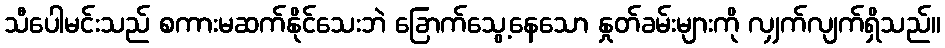
သီပေါမင်းသည် စကားမဆက်နိုင်သေးဘဲ ခြောက်သွေ့နေသော နှုတ်ခမ်းများကို လျှက်လျက်ရှိသည်။